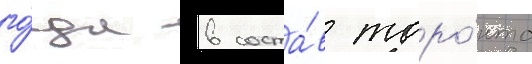
го́да в соста́в торо́нто